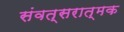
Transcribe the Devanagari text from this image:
संवत्सरात्मक